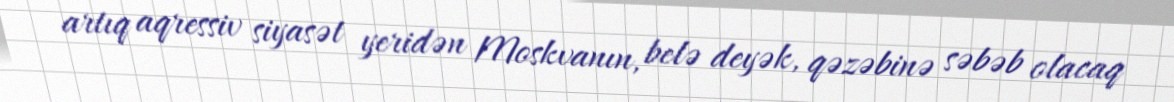
artıq aqressiv siyasət yeridən Moskvanın, belə deyək, qəzəbinə səbəb olacaq